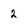
Character: 2